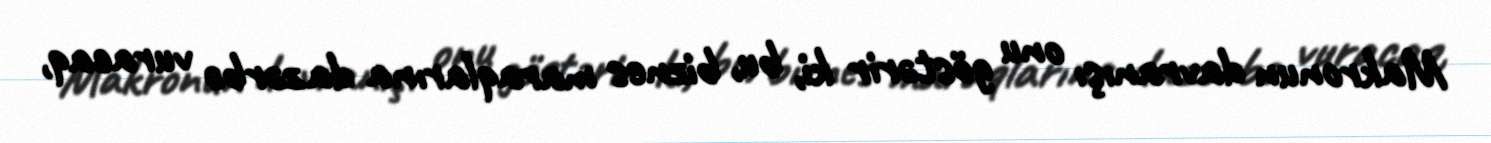
Makronun davranışı onu göstərir ki, bu, biznes maraqlarına da zərbə vuracaq,